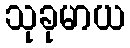
သုခုမာယ